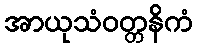
အာယုသံဝတ္တနိကံ